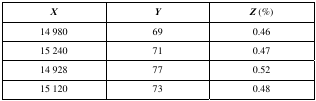
<table><thead><tr><td><b><i>X</i></b></td><td><b><i>Y</i></b></td><td><b><i>Z</i> (%)</b></td></tr></thead><tbody><tr><td>14 980</td><td>69</td><td>0.46</td></tr><tr><td>15 240</td><td>71</td><td>0.47</td></tr><tr><td>14 928</td><td>77</td><td>0.52</td></tr><tr><td>15 120</td><td>73</td><td>0.48</td></tr></tbody></table>